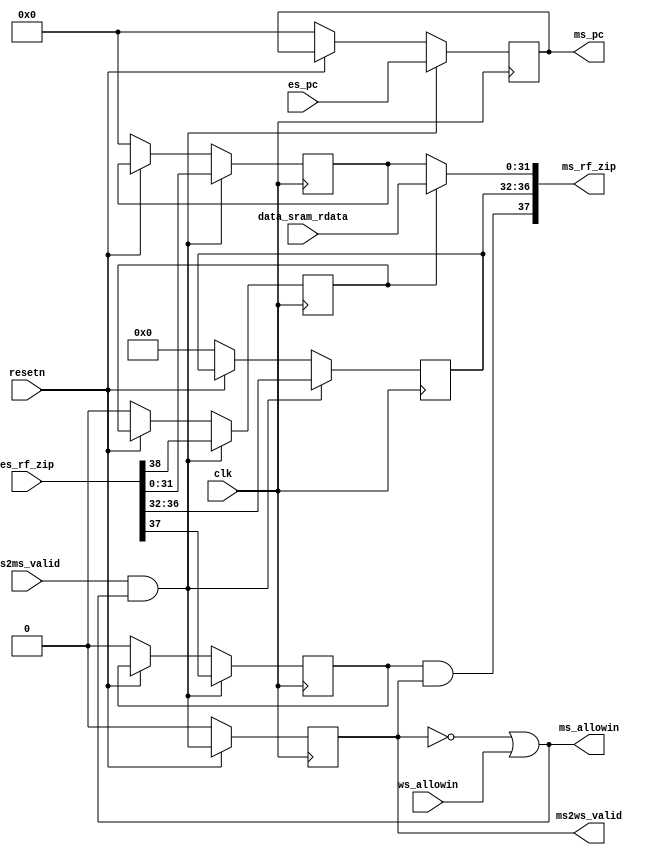
module MEMreg(
    input  wire        clk,
    input  wire        resetn,
    // exe and mem state interface
    output wire        ms_allowin,
    input  wire [38:0] es_rf_zip, // es2ms_bus{es_res_from_mem, es_rf_we, es_rf_waddr, es_rf_wdata}
    input  wire        es2ms_valid,
    input  wire [31:0] es_pc,    
    // mem and wb state interface
    input  wire        ws_allowin,
    output wire [37:0] ms_rf_zip, // {ms_rf_we, ms_rf_waddr, ms_rf_wdata}
    output wire        ms2ws_valid,
    output reg  [31:0] ms_pc,
    // data sram interface
    input  wire [31:0] data_sram_rdata    
);
    wire        ms_ready_go;
    reg         ms_valid;
    reg  [31:0] ms_alu_result ; 
    reg         ms_res_from_mem;
    reg         ms_rf_we      ;
    reg  [4 :0] ms_rf_waddr   ;
    wire [31:0] ms_rf_wdata   ;
    wire [31:0] ms_mem_result ;
//------------------------------state control signal---------------------------------------

    assign ms_ready_go      = 1'b1;
    assign ms_allowin       = ~ms_valid | ms_ready_go & ws_allowin;     
    assign ms2ws_valid      = ms_valid & ms_ready_go;
    always @(posedge clk) begin
        if(~resetn)
            ms_valid <= 1'b0;
        else
            ms_valid <= es2ms_valid & ms_allowin; 
    end

//------------------------------exe and mem state interface---------------------------------------
    always @(posedge clk) begin
        if(~resetn) begin
            ms_pc <= 32'b0;
            {ms_res_from_mem, ms_rf_we, ms_rf_waddr, ms_alu_result} <= 38'b0;
        end
        if(es2ms_valid & ms_allowin) begin
            ms_pc <= es_pc;
            {ms_res_from_mem, ms_rf_we, ms_rf_waddr, ms_alu_result} <= es_rf_zip;
        end
    end

    assign ms_mem_result = data_sram_rdata;
    assign ms_rf_wdata = ms_res_from_mem ? ms_mem_result : ms_alu_result;
    assign ms_rf_zip  = {ms_rf_we & ms_valid, ms_rf_waddr, ms_rf_wdata};

endmodule